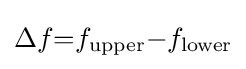
\Delta f{=}f_{\text{upper}}{-}f_{\text{lower}}